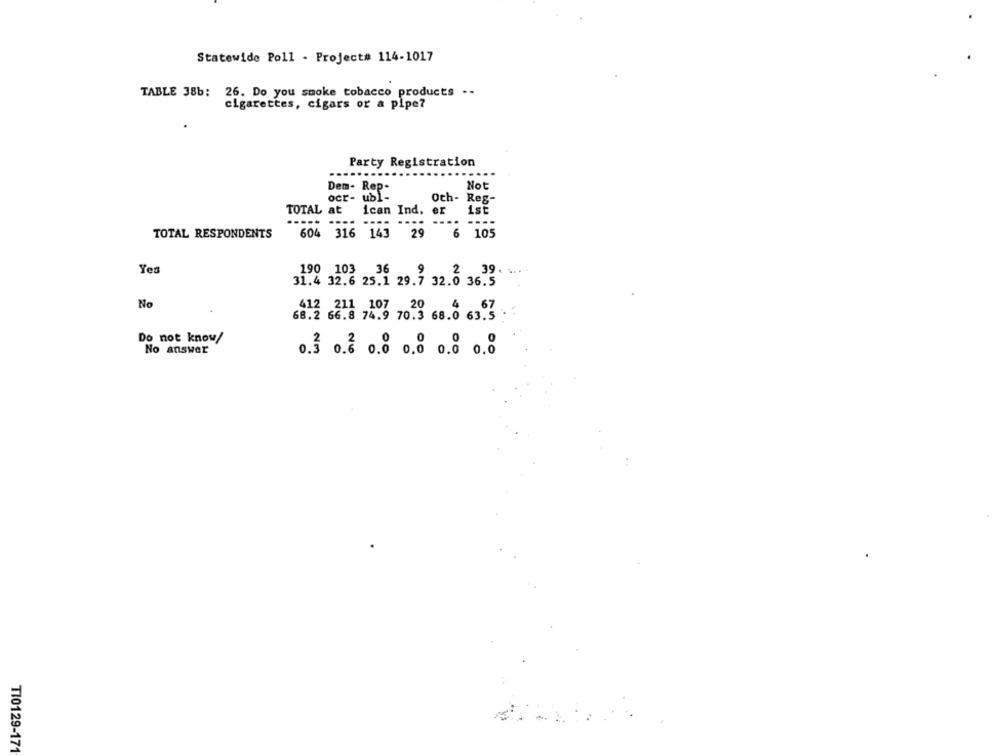
Statewide Poll - Project# 114-1017
TABLE 38b:
26. Do you smoke tobacco products .-
cigarettes, cigars or a pipe?
Party Registration
Dem- Rep-
Not
ocr- ubl-
Oth- Reg-
TOTAL at
ican Ind. er
ist
TOTAL RESPONDENTS
604 316
143
29
6 105
Yes
190 103 36
31.4 32.6 25.1 29.7 32.0 36.5
No
612 211 107 20
66.8 74.9 70.3 68.0 63.5
Do not know/
No answer
0.3 0.2 0.8 0.0 0.0 0.0
T10129-171